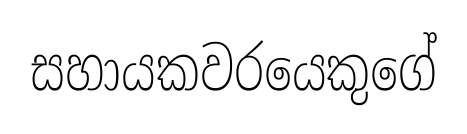
සහායකවරයෙකුගේ